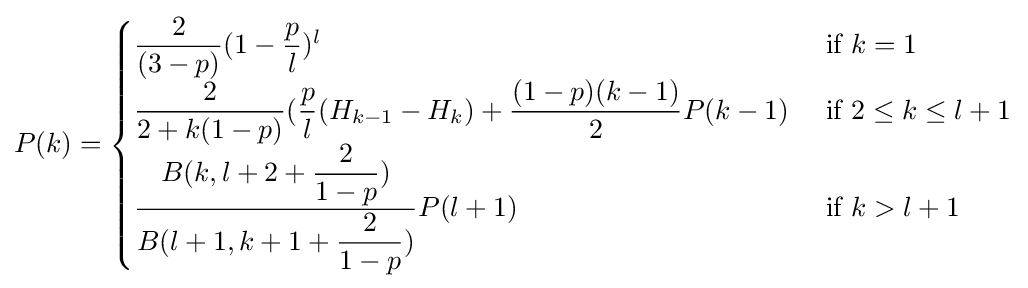
P(k)={\begin{cases}{\dfrac {2}{(3-p)}}(1-{\dfrac {p}{l}})^{l}&{\mbox{ if }}k=1\\{\dfrac {2}{2+k(1-p)}}({\dfrac {p}{l}}(H_{k-1}-H_{k})+{\dfrac {(1-p)(k-1)}{2}}P(k-1)&{\mbox{ if }}2\leq k\leq l+1\\{\dfrac {B(k,l+2+{\dfrac {2}{1-p}})}{B(l+1,k+1+{\dfrac {2}{1-p}})}}P(l+1)&{\mbox{ if }}k>l+1\end{cases}}